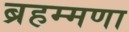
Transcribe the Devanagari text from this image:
ब्रहम्मणा